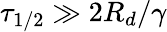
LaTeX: \tau_{1/2}\gg 2R_{d}/\gamma